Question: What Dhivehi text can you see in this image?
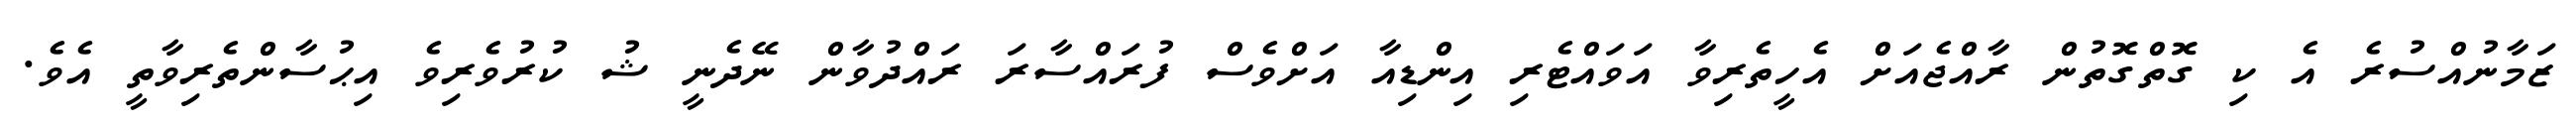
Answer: ޒަމާނުއްސުރެ އެ ކި ގޮތްގޮތުން ރާއްޖެއަށް އެހީތެރިވާ އަވައްޓެރި އިންޑިއާ އަށްވެސް ފުރައްސާރަ ރައްދުވާން ނޭދެނީ ޝު ކުރުވެރިވެ އިޙުސާންތެރިވާތީ އެވެ.